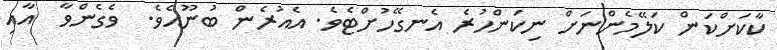
ކާކަށްކަން ކަލޭމެންނަށް ނިކަންހުރެ އެނގޭހުށްޓެވެ. އެއުރެން ބުނޫއެވެ.  ވެގެންވާ  އާއި